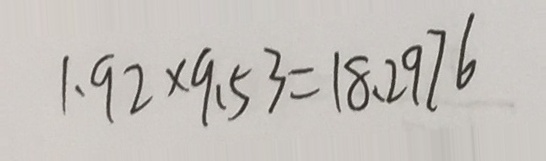
1 . 9 2 \times 9 . 5 3 = 1 8 . 2 9 7 6